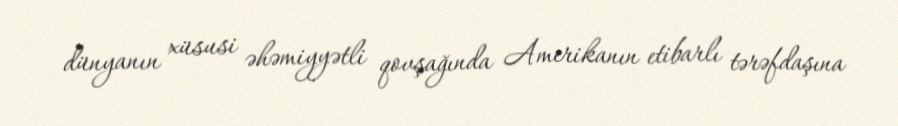
dünyanın xüsusi əhəmiyyətli qovşağında Amerikanın etibarlı tərəfdaşına